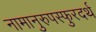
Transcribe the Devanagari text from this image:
नामानुरुपस्फुरदर्थ